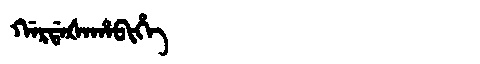
Manchu: ᡤᠠᡵᡩᠠᡧᠠᡥᠠᠪᡳᡥᡝ
Romanization: GARDAŠAHABIHE